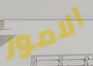
الامور